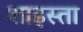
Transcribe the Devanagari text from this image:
शाइस्‍ता